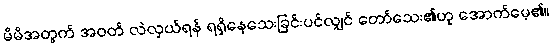
မိမိအတွက် အဝတ် လဲလှယ်ရန် ရရှိနေသေးခြင်းပင်လျှင် တော်သေး၏ဟု အောက်မေ့၏။